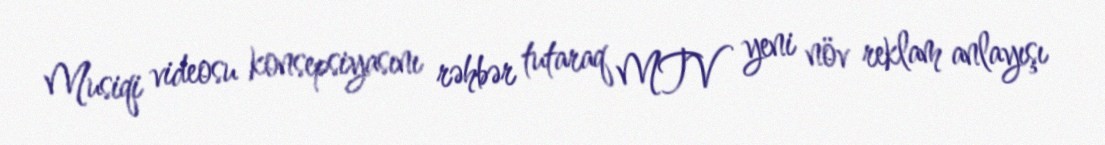
Musiqi videosu konsepsiyasını rəhbər tutaraq MTV yeni növ reklam anlayışı